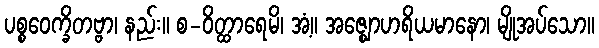
ပစ္စဝေက္ခိတဗ္ဗာ၊ နည်း။ စ-ဝိတ္ထာရေမိ၊ အံ့။ အဇ္ဈောဟရိယမာနော၊ မျိုအပ်သော။